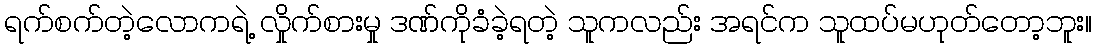
ရက်စက်တဲ့လောကရဲ့ လှိုက်စားမှု ဒဏ်ကိုခံခဲ့ရတဲ့ သူကလည်း အရင်က သူထပ်မဟုတ်တော့ဘူး။